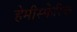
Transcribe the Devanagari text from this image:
हेमीस्फेरिक